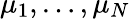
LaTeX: \mu_{1},\dots,\mu_{N}